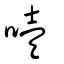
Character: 噎